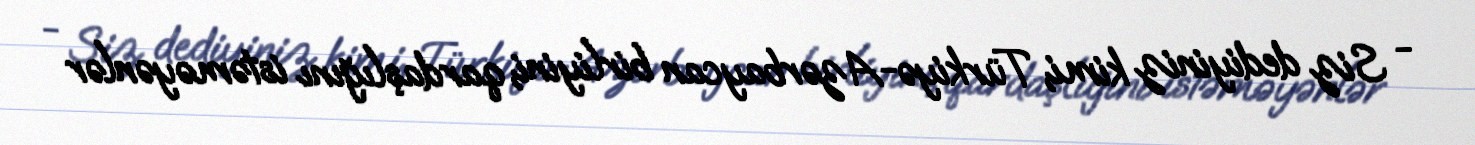
- Siz dediyiniz kimi, Türkiyə-Azərbaycan birliyini, qardaşlığını istəməyənlər